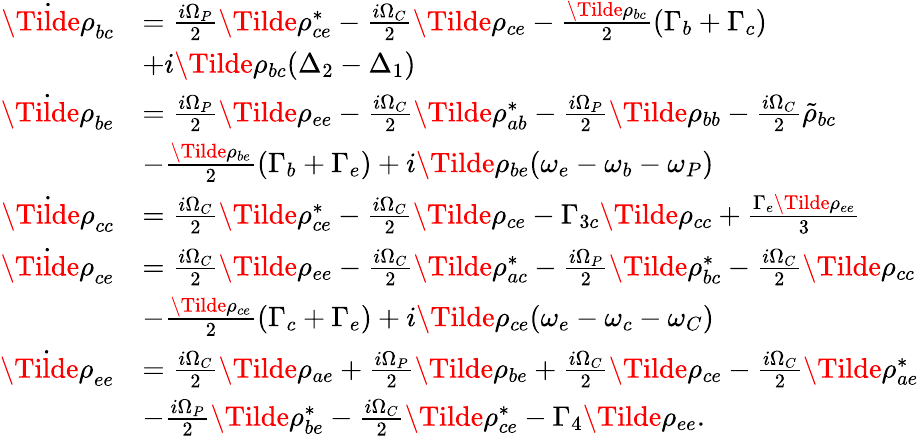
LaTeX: \begin{array}{rl}{\dot{\Tilde{\rho}}_{bc}}&{=\frac{i\Omega_{P}}{2}\Tilde{\rho}_{ce}^{*}-\frac{i\Omega_{C}}{2}\Tilde{\rho}_{ce}-\frac{\Tilde{\rho}_{bc}}{2}(\Gamma_{b}+\Gamma_{c})}\\ &{+i\Tilde{\rho}_{bc}(\Delta_{2}-\Delta_{1})}\\ {\dot{\Tilde{\rho}}_{be}}&{=\frac{i\Omega_{P}}{2}\Tilde{\rho}_{ee}-\frac{i\Omega_{C}}{2}\Tilde{\rho}_{ab}^{*}-\frac{i\Omega_{P}}{2}\Tilde{\rho}_{bb}-\frac{i\Omega_{C}}{2}\tilde{\rho}_{bc}}\\ &{-\frac{\Tilde{\rho}_{be}}{2}(\Gamma_{b}+\Gamma_{e})+i\Tilde{\rho}_{be}(\omega_{e}-\omega_{b}-\omega_{P})}\\ {\dot{\Tilde{\rho}}_{cc}}&{=\frac{i\Omega_{C}}{2}\Tilde{\rho}_{ce}^{*}-\frac{i\Omega_{C}}{2}\Tilde{\rho}_{ce}-\Gamma_{3c}\Tilde{\rho}_{cc}+\frac{\Gamma_{e}\Tilde{\rho}_{ee}}{3}}\\ {\dot{\Tilde{\rho}}_{ce}}&{=\frac{i\Omega_{C}}{2}\Tilde{\rho}_{ee}-\frac{i\Omega_{C}}{2}\Tilde{\rho}_{ac}^{*}-\frac{i\Omega_{P}}{2}\Tilde{\rho}_{bc}^{*}-\frac{i\Omega_{C}}{2}\Tilde{\rho}_{cc}}\\ &{-\frac{\Tilde{\rho}_{ce}}{2}(\Gamma_{c}+\Gamma_{e})+i\Tilde{\rho}_{ce}(\omega_{e}-\omega_{c}-\omega_{C})}\\ {\dot{\Tilde{\rho}}_{ee}}&{=\frac{i\Omega_{C}}{2}\Tilde{\rho}_{ae}+\frac{i\Omega_{P}}{2}\Tilde{\rho}_{be}+\frac{i\Omega_{C}}{2}\Tilde{\rho}_{ce}-\frac{i\Omega_{C}}{2}\Tilde{\rho}_{ae}^{*}}\\ &{-\frac{i\Omega_{P}}{2}\Tilde{\rho}_{be}^{*}-\frac{i\Omega_{C}}{2}\Tilde{\rho}_{ce}^{*}-\Gamma_{4}\Tilde{\rho}_{ee}.}\end{array}